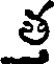
త్త